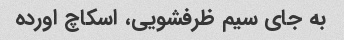
به جای سیم ظرفشویی، اسکاچ اورده